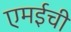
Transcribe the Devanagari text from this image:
एमईची